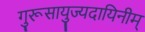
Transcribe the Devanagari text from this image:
गुरूसायुज्यदायिनीम्